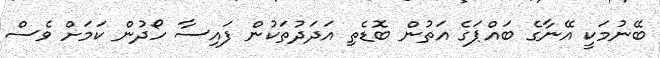
ބޭނުމަކީ އޭނާގެ ބައްޕަގެ އަތުން ބޮޑެތި އަދަދުތަކުން ފައިސާ ހޯދުން ކަަމަށް ވެސް